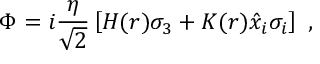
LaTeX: \Phi = i \frac { \eta } { \sqrt { 2 } } \left[ H ( r ) \sigma _ { 3 } + K ( r ) \hat { x } _ { i } \sigma _ { i } \right] \ ,